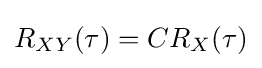
R_{XY}(\tau )=CR_{X}(\tau )